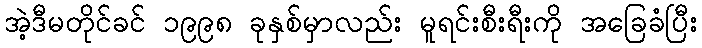
အဲ့ဒီမတိုင်ခင် ၁၉၉၈ ခုနှစ်မှာလည်း မူရင်းစီးရီးကို အခြေခံပြီး